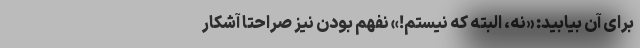
برای آن بیابید: «نه، البته که نیستم!» نفهم بودن نیز صراحتاً آشکار